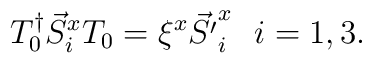
T_0^{\dag} \vec{S}^x_i T_0 =    \xi^x \vec{S' }^x_i\ \ i = 1,3.